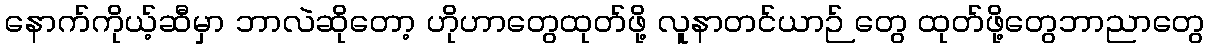
နောက်ကိုယ့်ဆီမှာ ဘာလဲဆိုတော့ ဟိုဟာတွေထုတ်ဖို့ လူနာတင်ယာဉ် တွေ ထုတ်ဖို့တွေဘာညာတွေ